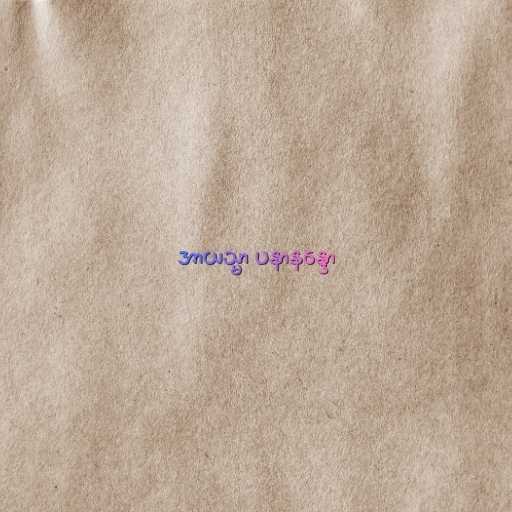
အာယသ္မာ ပနာနန္ဒော